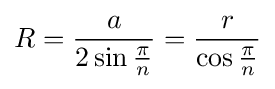
R={\frac {a}{2\sin {\frac {\pi }{n}}}}={\frac {r}{\cos {\frac {\pi }{n}}}}